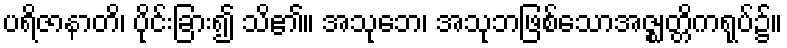
ပရိဇာနာတိ၊ ပိုင်းခြား၍ သိ၏။ အသုဘေ၊ အသုဘဖြစ်သောအဇ္ဈတ္တိကရုပ်၌။